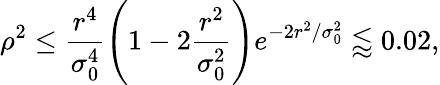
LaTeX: \rho^{2}\le\frac{r^{4}}{\sigma_{0}^{4}}\left(1-2\frac{r^{2}}{\sigma_{0}^{2}}\right)e^{-2r^{2}/\sigma_{0}^{2}}\lessapprox 0.02,